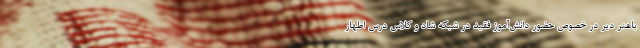
باهنر دیر در خصوص حضور دانش‌آموز فقید در شبکه شاد و کلاس درس اظهار